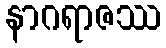
နာဂရာဇဿ